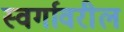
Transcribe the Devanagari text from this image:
स्वर्गावरील